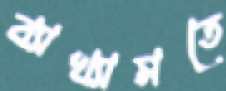
ব্যাখ্যামতে